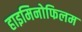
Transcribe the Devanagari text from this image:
हाइमिनोफिलम